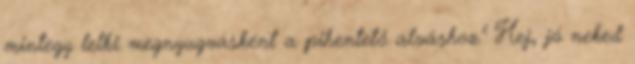
mintegy lelki megnyugvásként a pihentető alváshoz." Hej, jó neked